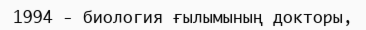
1994 - биология ғылымының докторы,